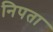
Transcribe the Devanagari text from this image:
निपता